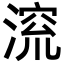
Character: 𪶷